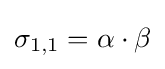
\sigma _{1,1}=\alpha \cdot \beta